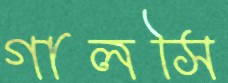
গালসি